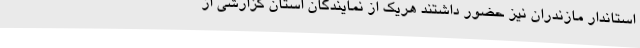
استاندار مازندران نیز حضور داشتند هریک از نمایندگان استان گزارشی از